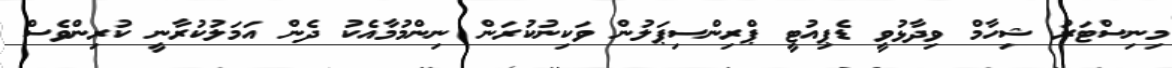
މިނިސްޓަރު ޝިހާމް ވިދާޅުވީ ޑެޕިއުޓީ ޕްރިންސިޕަލުން ވަކިނުކުރަން ނިންމުމާއެކު ދެން އަމަލުކުރާނީ ކުރިންވެސް